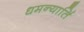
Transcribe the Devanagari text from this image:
धमन्यार्ति